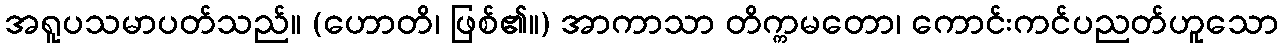
အရူပသမာပတ်သည်။ (ဟောတိ၊ ဖြစ်၏။) အာကာသာ တိက္ကမတော၊ ကောင်းကင်ပညတ်ဟူသော